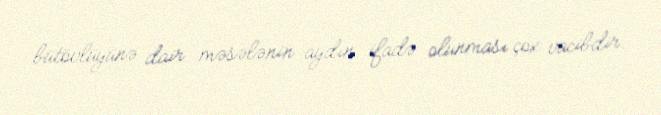
bütövlüyünə dair məsələnin aydın ifadə olunması çox vacibdir.